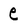
Character: e